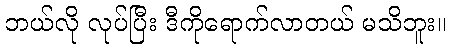
ဘယ်လို လုပ်ပြီး ဒီကိုရောက်လာတယ် မသိဘူး။